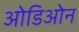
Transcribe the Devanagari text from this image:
ओडिओन